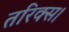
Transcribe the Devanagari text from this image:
तरिक्स।